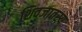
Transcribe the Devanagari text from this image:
शिवजातस्य